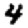
Digit: 4